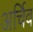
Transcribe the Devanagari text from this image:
अर्चिव